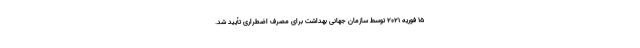
۱۵ فوریه ۲۰۲۱ توسط سازمان جهانی بهداشت برای مصرف اضطراری تأیید شد.